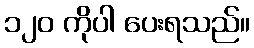
၁၂၀ ကိုပါ ပေးရသည်။